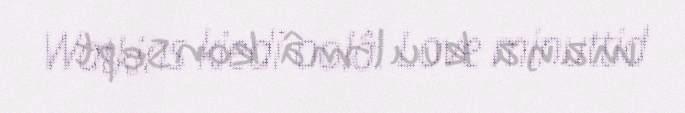
Watkins kiedi oolâ. Love minuttid